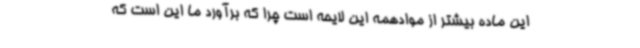
این ماده بیشتر از موادهمه این لایحه است چرا که برآورد ما این است که